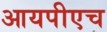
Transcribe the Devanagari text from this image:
आयपीएच